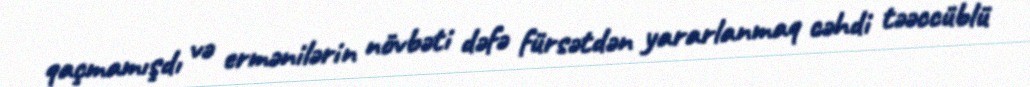
qaçmamışdı və ermənilərin növbəti dəfə fürsətdən yararlanmaq cəhdi təəccüblü